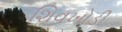
શિવખોડી